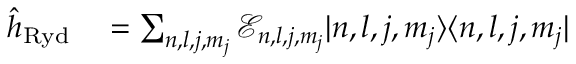
\begin{array} { r l } { \hat { h } _ { \mathrm { R y d } } } & { { } = \sum _ { n , l , j , m _ { j } } \mathcal { E } _ { n , l , j , m _ { j } } | n , l , j , m _ { j } \rangle \langle n , l , j , m _ { j } | } \end{array}